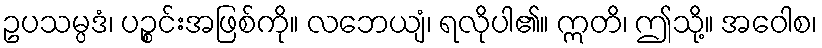
ဥပသမ္ပဒံ၊ ပဉ္စင်းအဖြစ်ကို။ လဘေယျံ၊ ရလိုပါ၏။ ဣတိ၊ ဤသို့။ အဝေါစ၊